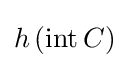
h\left(\operatorname {int} C\right)